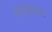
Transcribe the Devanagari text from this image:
ज़ैंडविलियेट